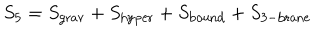
S _ { 5 } = S _ { \mathrm { g r a v } } + S _ { \mathrm { h y p e r } } + S _ { \mathrm { b o u n d } } + S _ { \mathrm { 3 - b r a n e } }